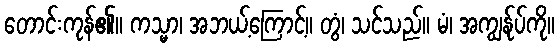
တောင်းကုန်၏။ ကသ္မာ၊ အဘယ့်ကြောင့်။ တွံ၊ သင်သည်။ မံ၊ အကျွန်ုပ်ကို။